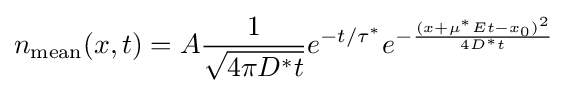
n_{\text{mean}}(x,t)=A{\frac {1}{\sqrt {4\pi D^{*}t}}}e^{-t/\tau ^{*}}e^{-{\frac {(x+\mu ^{*}Et-x_{0})^{2}}{4D^{*}t}}}